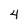
Character: 4